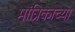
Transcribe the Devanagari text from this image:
मांत्रिकाच्या